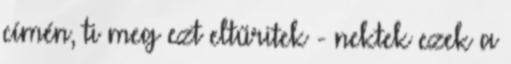
címén, ti meg ezt eltűritek - nektek ezek a